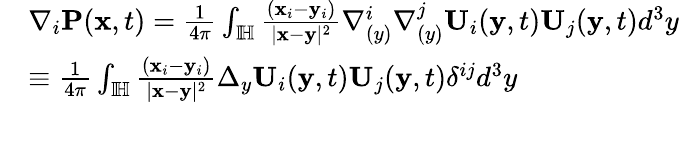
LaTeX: \begin{array}{rl}&{\nabla_{i}\mathbf{P}(\mathbf{x},t)=\frac{1}{4\pi}\int_{\mathbb{I\! H}}\frac{(\mathbf{x}_{i}-\mathbf{y}_{i})}{|\mathbf{x}-\mathbf{y}|^{2}}\nabla_{(y)}^{i}\nabla_{(y)}^{j}{\mathbf{U}}_{i}(\mathbf{y},t){\mathbf{U}}_{j}(\mathbf{y},t)d^{3}y}\\ &{\equiv\frac{1}{4\pi}\int_{\mathbb{I\! H}}\frac{(\mathbf{x}_{i}-\mathbf{y}_{i})}{|\mathbf{x}-\mathbf{y}|^{2}}\Delta_{y}\mathbf{U}_{i}(\mathbf{y},t)\mathbf{U}_{j}(\mathbf{y},t)\delta^{ij}d^{3}y}\\ &{}\end{array}